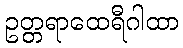
ဥတ္တရာထေရီဂါထာ